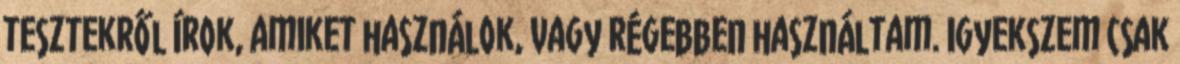
tesztekről írok, amiket használok, vagy régebben használtam. Igyekszem csak